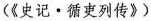
(《史记·循吏列传》)